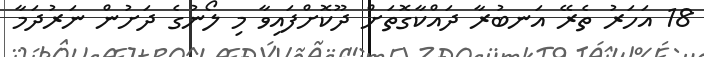
18 އަހަރު ތެރޭ އަނބުރާ ދައްކާގޮތަށް ދޫކޮށްފައިވާ މި ލޯނުގެ ދަށުން ނަރުދަމާ